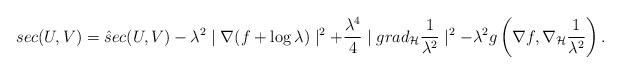
LaTeX: \begin{align*}sec(U, V)& = \hat{s}ec(U, V) - \lambda^2 \mid \nabla (f + \log \lambda )\mid^2 + \frac{\lambda^4}{4} \mid grad_{\mathcal{H}} \frac{1}{\lambda^2}\mid^2 -\lambda^2g\left(\nabla f, \nabla_{\mathcal{H}} \frac{1}{\lambda^2}\right).\end{align*}